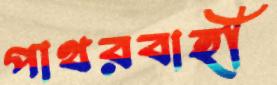
পাথরবাহী